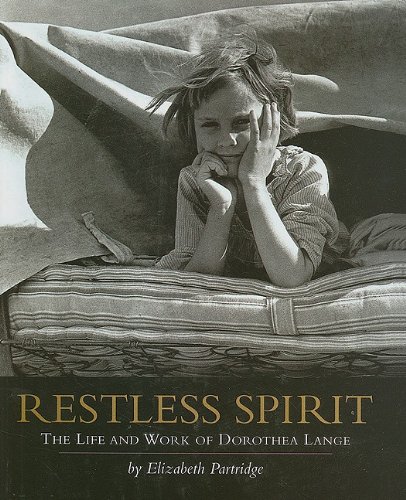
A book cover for Restless Spirit: The Life and Work of Dorothea Lange; Elizabeth Partridge; Teen & Young Adult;